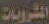
المشروبات